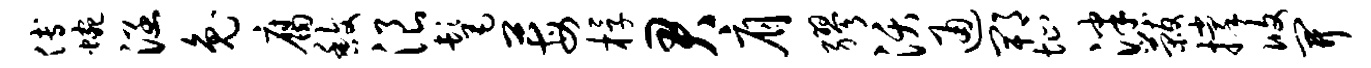
傅蜿涵兔腐馥浪髦莓桴君肩缪沃通郫址泮黻撑攸开